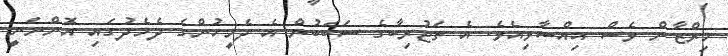
މިރްޒާން ވެސް ޙިއްސާވިއެވެ. އެ ތަޖުރިބާގެ ސަބަބުން އެ ދެމީހުންގެ ދެމެދުގައި އޮންނަނީ